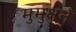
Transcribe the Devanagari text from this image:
मुमुक्षूने